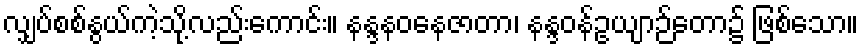
လျှပ်စစ်နွယ်ကဲ့သို့လည်းကောင်း။ နန္ဒနဝနေဇာတာ၊ နန္ဒဝန်ဥယျာဉ်တော၌ ဖြစ်သော။